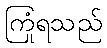
ကြုံရသည်